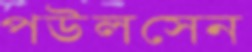
পউলসেন